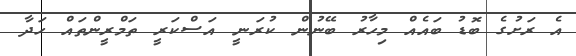
އެ ރަށުގެ ބޮޑު ބައެއް މިހާރު ބޭނުން ކުރަނީ އަސްކަރީ ތަމްރީންތައް ހަދާ